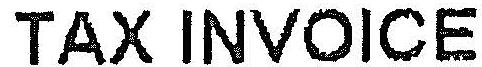
TAX INVOICE